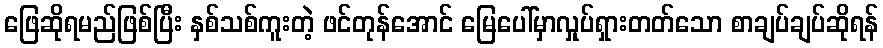
ဖြေဆိုရမည်ဖြစ်ပြီး နှစ်သစ်ကူးတဲ့ ဖင်တုန်အောင် မြေပေါ်မှာလှုပ်ရှားတတ်သော စာချပ်ချပ်ဆိုရန်